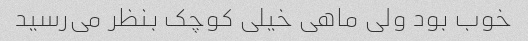
خوب بود ولی ماهی خیلی کوچک بنظر می‌رسید